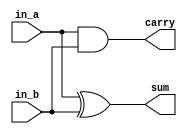
`timescale 1ns/1ns


module Half_Adder (
    input in_a, in_b,
    output sum, carry
);
    
    xor(sum, in_a, in_b);
    and(carry, in_a, in_b);

endmodule

module Full_Adder (
    input in_a, in_b, in_c,
    output sum, carry 
);
    wire x,y,z;
    Half_Adder h1(
        .in_a(in_a),
        .in_b(in_b),
        .sum(x),
        .carry(y)
    );

    Half_Adder h2(
        .in_a(x),
        .in_b(in_c),
        .sum(sum),
        .carry(z)
    );

    or(carry, z, y);

endmodule

module four_bit_tb;
    reg a4 = 1'b1, a3 = 1'b1, a2 = 1'b0, a1 = 1'b1;
    reg b4 = 1'b0, b3 = 1'b0, b2 = 1'b0, b1 = 1'b1;
    reg m = 1'b0;
    wire s1, s2, s3, s4;
    wire c1, c2, c3;

    Full_Adder f1(
        .in_a(a1),
        .in_b(b1),
        .in_c(m),
        .carry(c1),
        .sum(s1)
    );
    Full_Adder f2(
        .in_a(a2),
        .in_b(b2),
        .in_c(c1),
        .carry(c2),
        .sum(s2)
    );
    Full_Adder f3(
        .in_a(a3),
        .in_b(b3),
        .in_c(c2),
        .carry(c3),
        .sum(s3)
    );
    Full_Adder f4(
        .in_a(a4),
        .in_b(b4),
        .in_c(c3),
        .sum(s4)
    );


    initial
    begin
        $dumpfile("four_bit.vcd");
        $dumpvars(0, four_bit_tb);
    end

    initial
    begin
        a4 = 1'b0;
        a3 = 1'b1;
        a2 = 1'b0;
        a1 = 1'b1;
        b4 = 1'b1;
        b3 = 1'b1;
        b2 = 1'b1;
        b1 = 1'b1;

        #10;
        a4 = 1'b1;
        a3 = 1'b1;
        a2 = 1'b0;
        a1 = 1'b0;
        b4 = 1'b1;
        b3 = 1'b0;
        b2 = 1'b1;
        b1 = 1'b1;

        #10;
        a4 = 1'b0;
        a3 = 1'b0;
        a2 = 1'b1;
        a1 = 1'b0; 
        b4 = 1'b0;
        b3 = 1'b0;
        b2 = 1'b0;
        b1 = 1'b0;

        #10;
        a4 = 1'b0;
        a3 = 1'b1;
        a2 = 1'b1;
        a1 = 1'b1;   
        #10;
        a4 = 1'b1;
        a3 = 1'b0;
        a2 = 1'b0;
        a1 = 1'b0;
        #10;
        a4 = 1'b0;
        a3 = 1'b0;
        a2 = 1'b0;
        a1 = 1'b0;
        #10;
        a4 = 1'b1;
        a3 = 1'b0;
        a2 = 1'b1;
        a1 = 1'b1;
        #10;
        a4 = 1'b1;
        a3 = 1'b1;
        a2 = 1'b1;
        a1 = 1'b1;
        #10;
    end
    initial
    begin
        $monitor("%d%d%d%d + %d%d%d%d = %d%d%d%d",a4,a3,a2,a1,b4,b3,b2,b1,s4,s3,s2,s1);
    end

endmodule